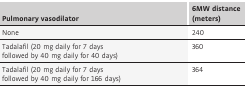
<table><thead><tr><td><b>Pulmonary vasodilator</b></td><td><b>6MW distance (meters)</b></td></tr></thead><tbody><tr><td>None</td><td>240</td></tr><tr><td>Tadalafil (20 mg daily for 7 days followed by 40 mg daily for 40 days)</td><td>360</td></tr><tr><td>Tadalafil (20 mg daily for 7 days followed by 40 mg daily for 166 days)</td><td>364</td></tr></tbody></table>